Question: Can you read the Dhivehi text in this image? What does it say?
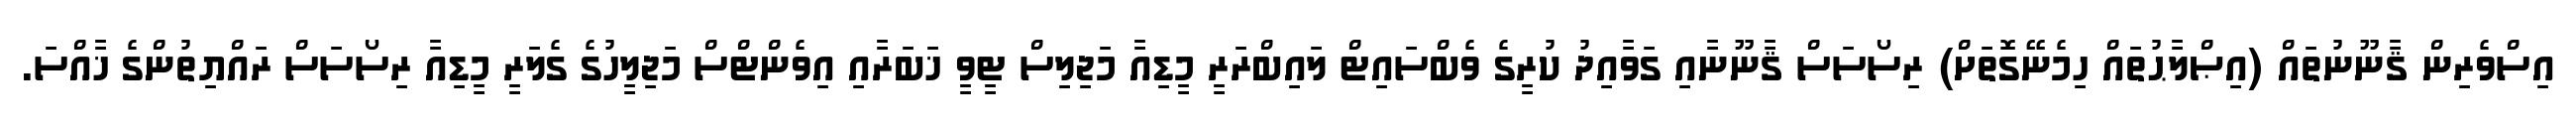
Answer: އިސްވެރިން ޤާނޫނުތައް (އިޞްލާޙުތައް ހިމެނޭގޮތަށް) ރިސޯސަސް ޤާނޫނާއި ގަވާއިދު ކުރީގެ ވެބްސައިޓް ލައިބްރަރީ މީޑިއާ މަޖިލިސް ޓީވީ ޚަބަރާއި އިވެންޓްސް މަޖިލީހުގެ ގެލަރީ މީޑިއާ ރިސޯސަސް ރައްޔިތުންގެ ޚާއްސަ.